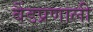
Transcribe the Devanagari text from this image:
बैंडप्रणाली